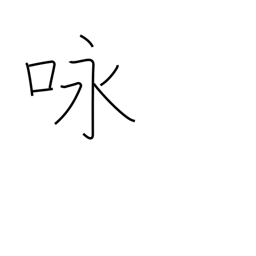
Meaning: recitation